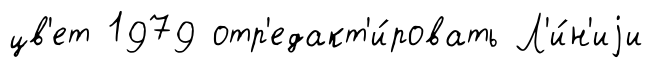
цв'ет 1979 отр'едакт'и́ровать Л'и́н'иjи